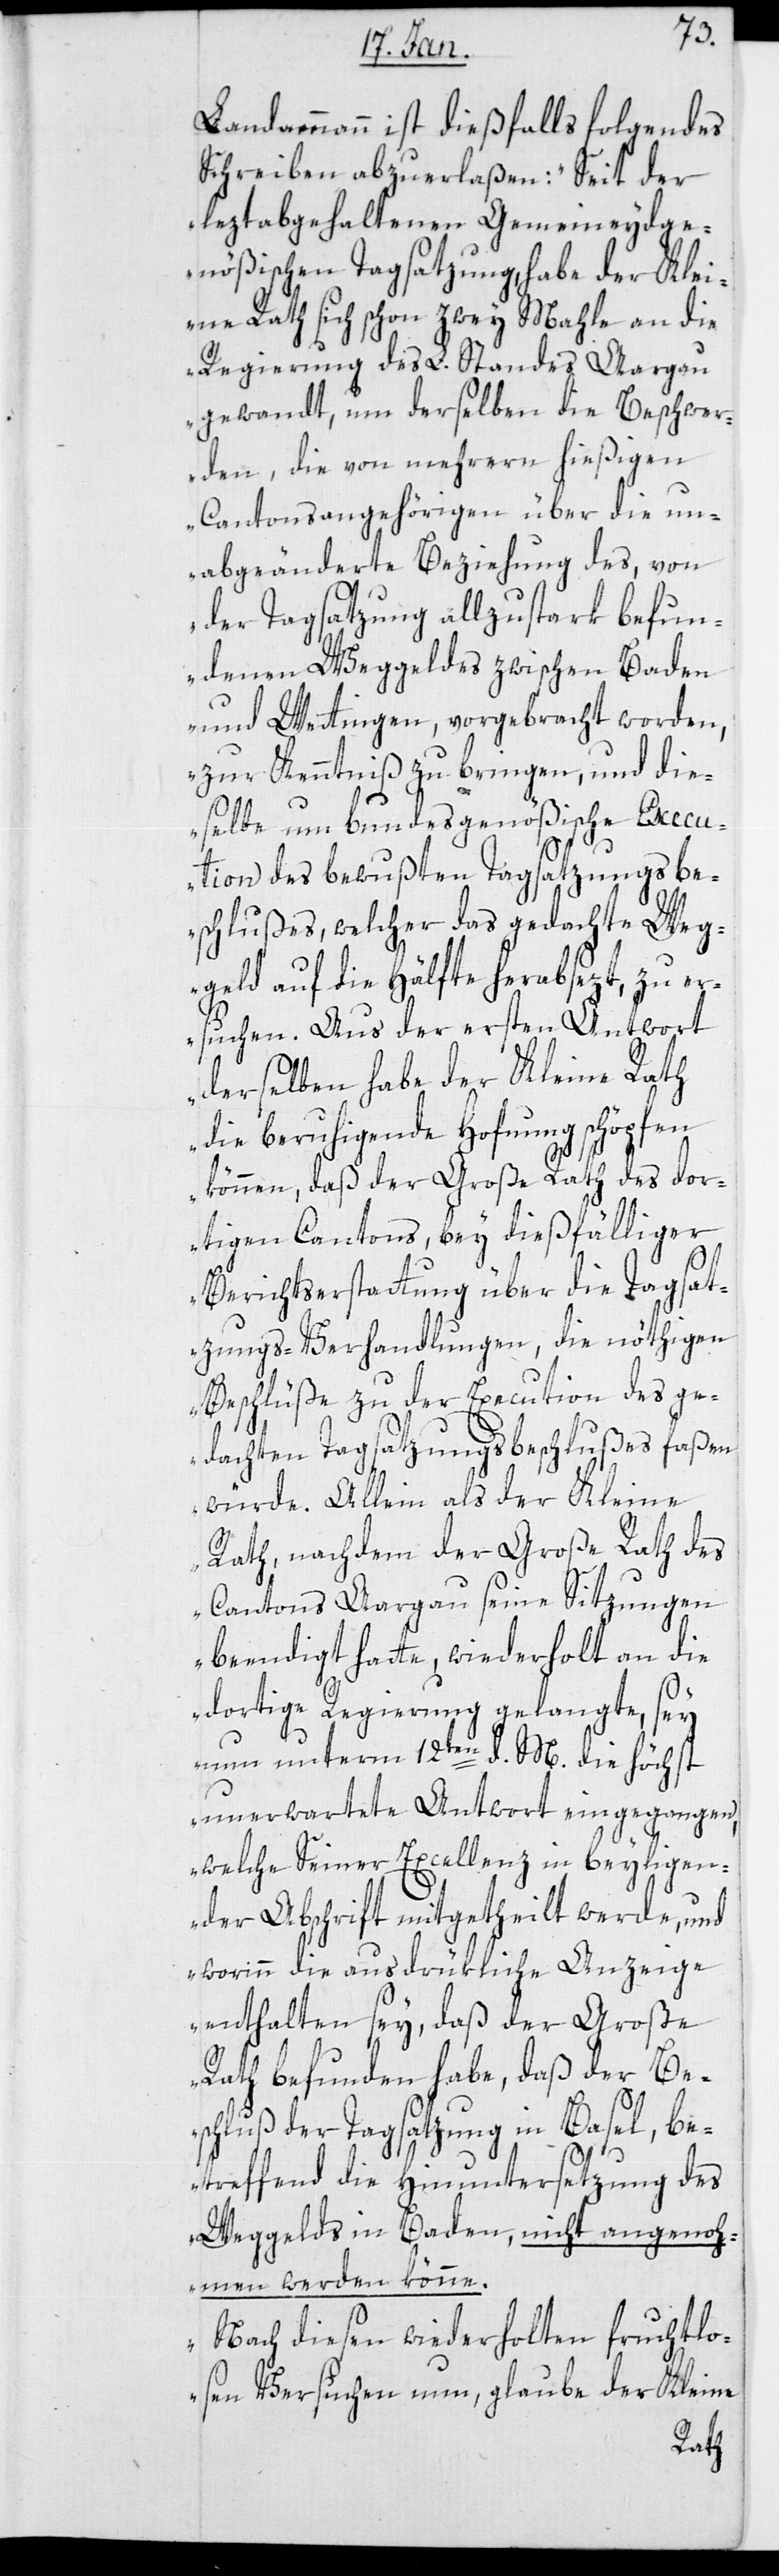
Landammann ist dießfalls folgendes
Schreiben abzuerlaßen: "Seit der
leztabgehaltenen Gemeineydge¬
nößischen Tagsatzung, habe der Klei¬
ne Rath sich schon zwey Mahle an die
Regierung des L. Standes Aargau
gewandt, um derselben die Beschwer¬
den, die von mehrern hießigen
Cantonsangehörigen über die un¬
abgeänderte Beziehung des, von
der Tagsatzung allzustark befun¬
denen Weggeldes zwischen Baden
und Wettingen, vorgebracht worden,
zur Kenntniß zu bringen, und die¬
selbe um bundesgenößische Execu¬
tion des bewußten Tagsatzungsbe¬
schlußes, welcher das gedachte Weg¬
geld auf die Hälfte herabsetzt, zu er¬
suchen. Aus der ersten Antwort
derselben habe der Kleine Rath
die beruhigende Hofnung schöpfen
können, daß der Große Rath des dor¬
tigen Cantons, bey dießfälliger
Berichtserstattung über die Tagsat¬
zungs-Verhandlungen, die nöthigen
Beschlüße zu der Execution des ge¬
dachten Tagsatzungsbeschlußes faßen
würde. Allein als der Kleine
Rath, nachdem der Große Rath des
Cantons Aargau seine Sitzungen
beendigt hatte, wiederholt an die
dortige Regierung gelangte, sey
nun unterm 12ten d. M. die höchst
unerwartete Antwort eingegangen,
welche Seiner Excellenz in beyligen¬
der Abschrift mitgetheilt werde, und
worinn die ausdrükliche Anzeige
enthalten sey, daß der Große
Rath befunden habe, daß der Be¬
schluß der Tagsatzung in Basel, be¬
treffend die Hinuntersetzung des
Weggelds in Baden, nicht angenoh¬
men werden könne.
Nach diesen wiederholten fruchtlo¬
sen Versuchen nun, glaube der Kleine